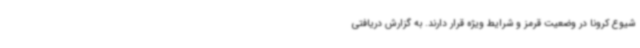
شیوع کرونا در وضعیت قرمز و شرایط ویژه قرار دارند. به گزارش دریافتی